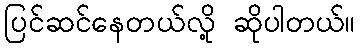
ပြင်ဆင်နေတယ်လို့ ဆိုပါတယ်။